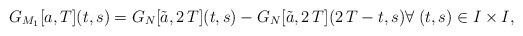
LaTeX: \begin{align*}G_{M_1}[a,T](t,s)= G_N[\tilde{a},2\,T](t,s)- G_N[\tilde{a},2\,T](2\,T-t,s) \forall \; (t,s)\in I\times I,\end{align*}